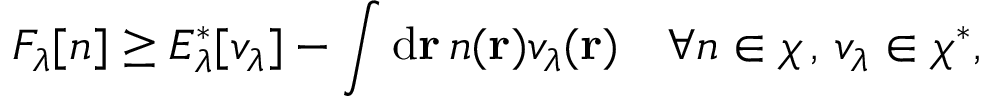
F _ { \lambda } \ensuremath { [ n ] } \geq E _ { \lambda } ^ { \ast } [ v _ { \lambda } ] - \int \mathrm { d } \mathbf { r } \, n ( \mathbf { r } ) v _ { \lambda } ( \mathbf { r } ) \quad \forall n \in \chi \, , \, v _ { \lambda } \in \chi ^ { \ast } ,